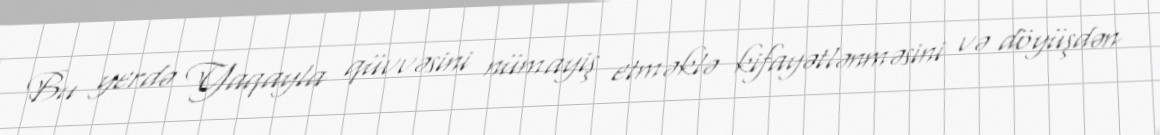
Bu yerdə Yaqayla qüvvəsini nümayiş etməklə kifayətlənməsini və döyüşdən